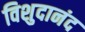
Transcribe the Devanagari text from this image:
विशुदानंद